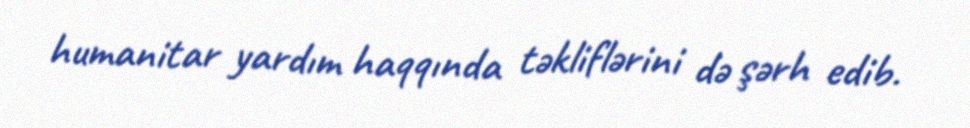
humanitar yardım haqqında təkliflərini də şərh edib.